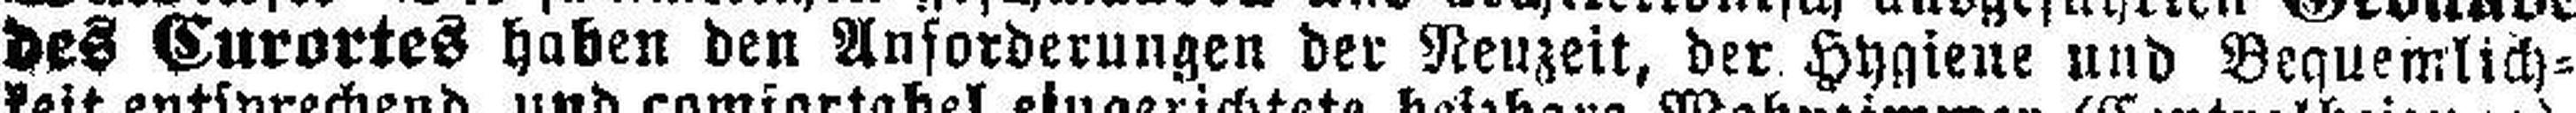
des Curortes haben den Anforderungen der Neuzeit, der Hygiene und Bequemlich¬